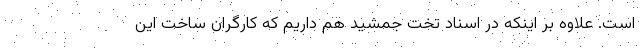
است. علاوه بر اینکه در اسناد تخت جمشید هم داریم که کارگران ساخت این